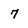
Character: 7